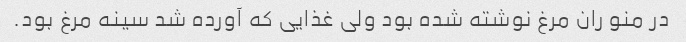
در منو ران مرغ نوشته شده بود ولی غذایی که آورده شد سینه مرغ بود.